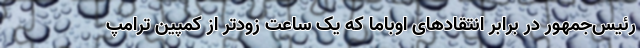
رئیس‌جمهور در برابر انتقادهای اوباما که یک ساعت زودتر از کمپین ترامپ